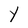
Character: Y